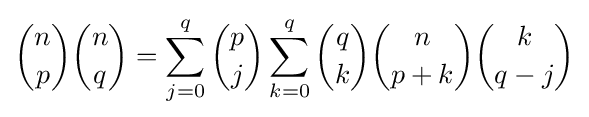
{n \choose p}{n \choose q}=\sum _{j=0}^{q}{p \choose j}\sum _{k=0}^{q}{q \choose k}{n \choose {p+k}}{k \choose {q-j}}